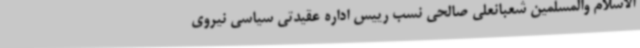
الاسلام والمسلمین شعبانعلی صالحی نسب رییس اداره عقیدتی سیاسی نیروی